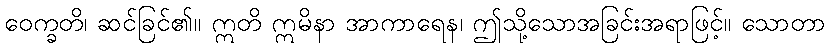
ဝေက္ခတိ၊ ဆင်ခြင်၏။ ဣတိ ဣမိနာ အာကာရေန၊ ဤသို့သောအခြင်းအရာဖြင့်။ သောတာ